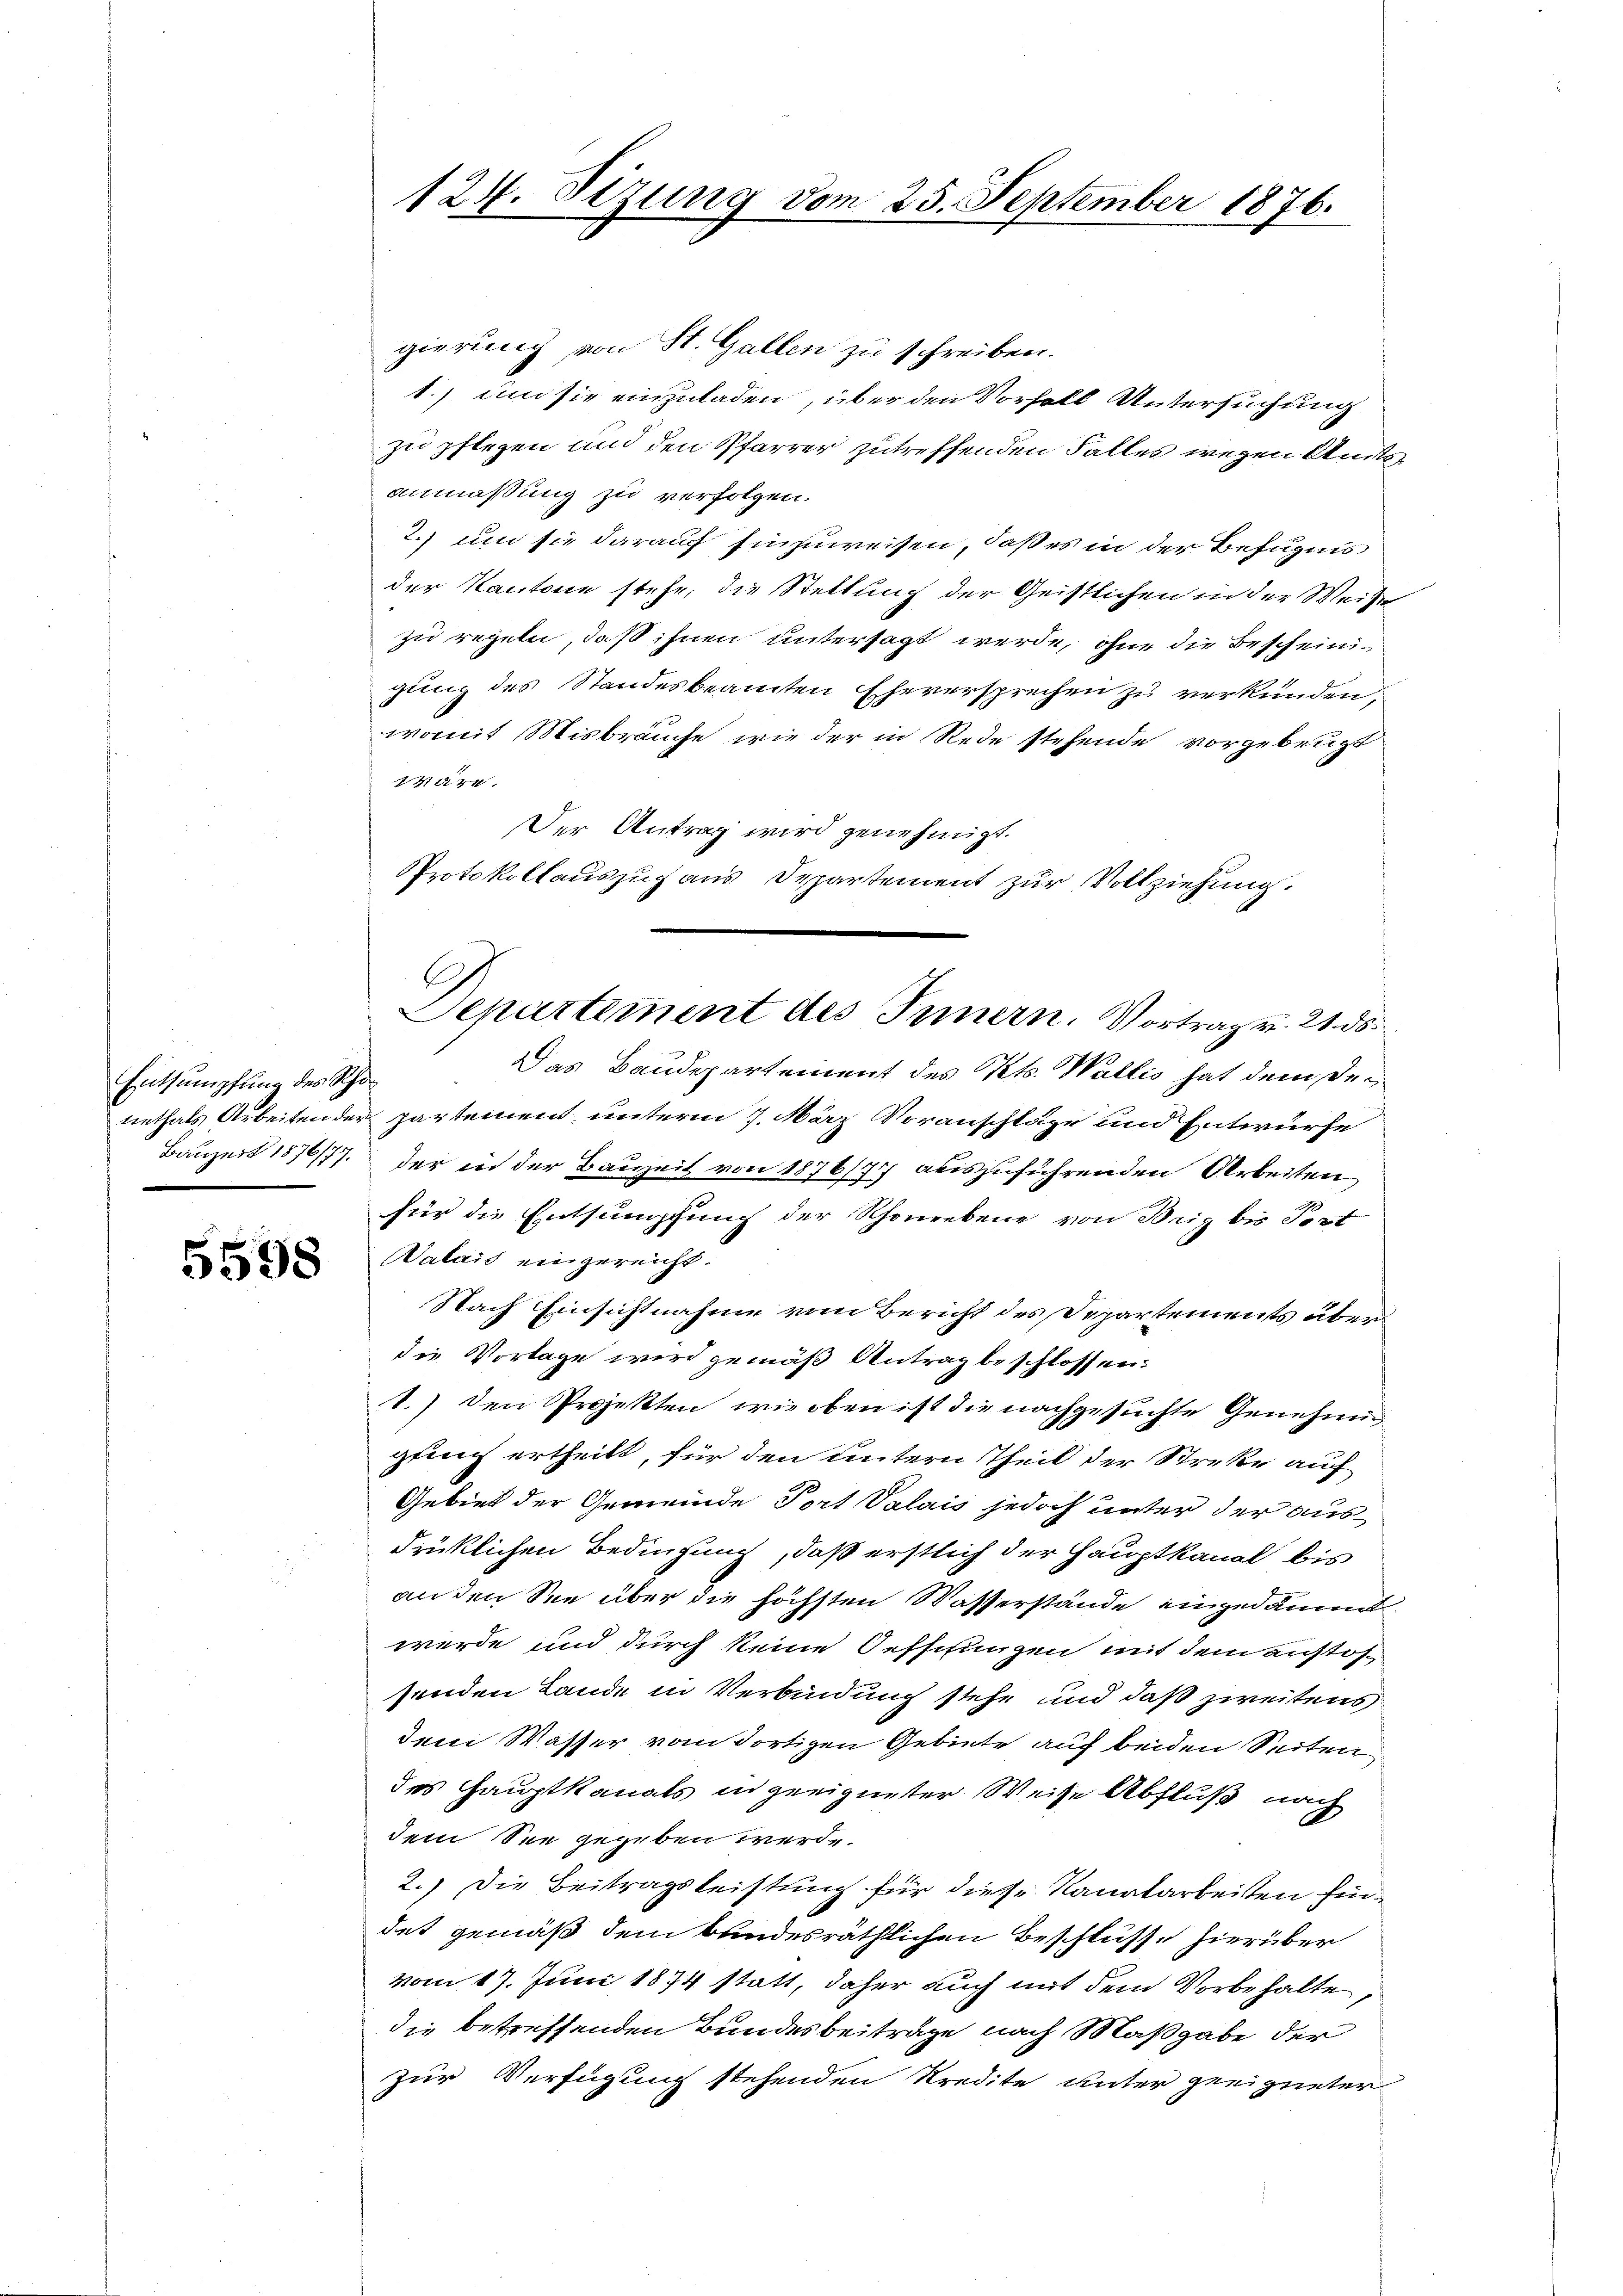
Entsumpfung des Rho¬

5598

gierung von St. Gallen zu schreiben.
1.) um sie einzuladen, über den Vorfall Untersuchung
zu pflegen und den Pfarrer zutreffenden Falles wegen Amtsanmaßung zu verfolgen.
2.) um sie darauf hinzuweisen, daß es in der Befugun
der Kantone stehe, die Stellung der Geistlichen in der Weise
zu regeln, daß ihnen untersagt werde, ohne die Bescheinifling des Standesbeamten Eheversprechen zu verkunden,
womit Misbräuche, wie der in Rede stehende vorgebeugt
Wäre
Der Antrag wird genehmigt.
PProtokollauszug aus Departement zur Vollziehung.
Das Baudepartement des Kts. Wallis hat dem Denethals Arbeiten der partement unterm 7. März Voranschläge und Entwurfe
Bauzert 1876/77 der in der Bauzeit von 1876/77 auszuführenden Arbeiten
für die Entsumpfung der Rhoneebene von Brig bis Port
Valais eingereicht.
Nach Einsichtnahme vom Bericht des Departements über
die Vorlage wird gemäß Antrag beschlossen:
1.) Den Projekten, wie oben ist die nachgesuchte Genehmiggung ertheilt, für den untern Theil der Streke auf
Gebiet der Gemeinde Port Valais jedoch unter der ausdrüklichen Bedingung, daß erstlich der Hauptkanal bis
anden Sie über die höchsten Wasserstände eingesammt.
werde und durch keine Oefschungen mit dem anstofsenden Lande in Verbindung stehe und daß zweitens
dem Wasser vom dortigen Gebiete auf beiden Seiten
des Hauptkanals in geeigneter Weise Abfluß nach
dem See gegeben werde.
2.) Die Beitragsleistung für diese Kanalarbeiten Eindat gemäß dem bundesräthlichen Beschlüsse hierüber
vom 17. Juni 1874 statt, daher auch mit dem Vorbehalte,
die betreffenden Bundesbeiträge nach Maßgabe der
zur Verfügung stehenden Kredite unter geeigneter

124. Sizung vom 25. September 1876.

Departement des Innern. Vortrag v. 21. ds.